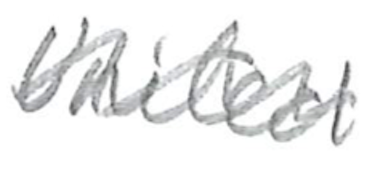
Text: United
Cross-out: mix
Writing tool: pencil